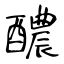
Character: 醲